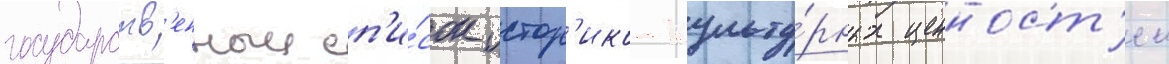
государств'енныи сп'и́сок истор'ико-культу́рных ценност'еи